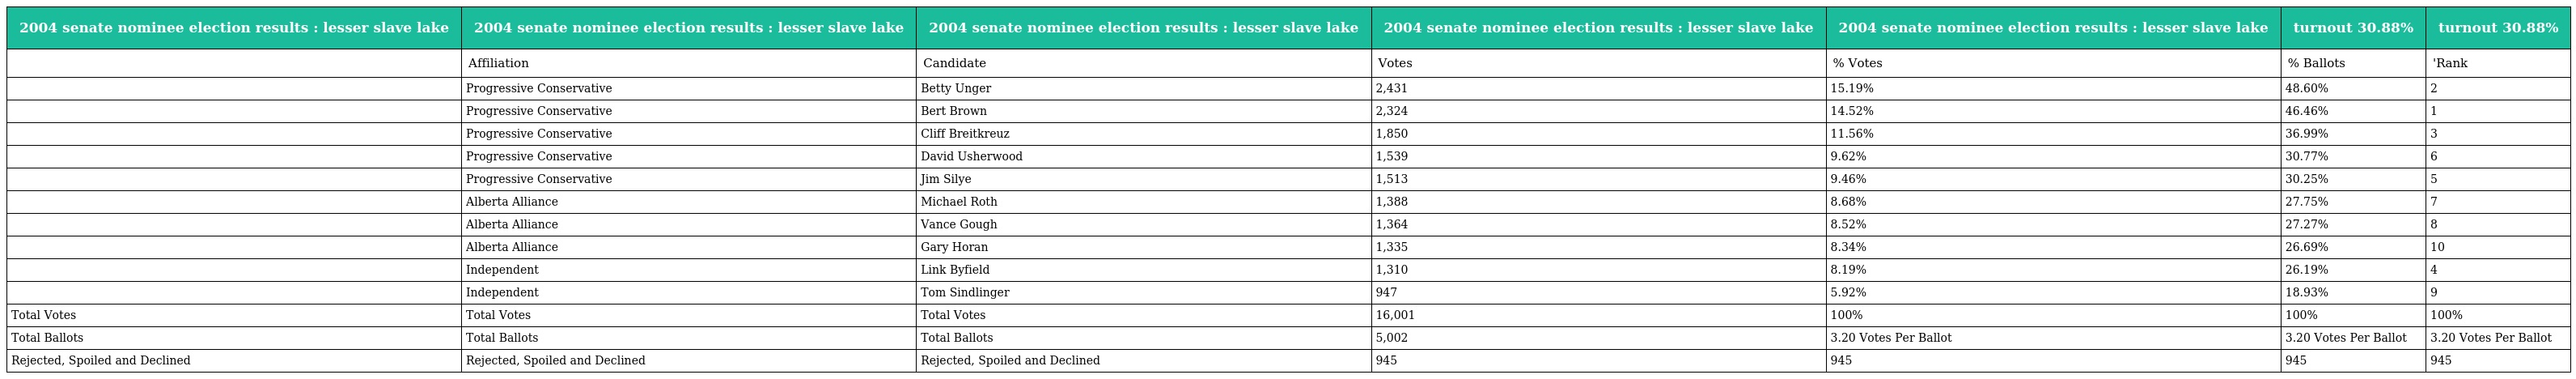
| 2004 senate nominee election results : lesser slave lake | 2004 senate nominee election results : lesser slave lake | 2004 senate nominee election results : lesser slave lake | 2004 senate nominee election results : lesser slave lake | 2004 senate nominee election results : lesser slave lake | turnout 30.88% | turnout 30.88% |
 | --- | --- | --- | --- | --- | --- | --- |
 |  | Affiliation | Candidate | Votes | % Votes | % Ballots | 'Rank |
 |  | Progressive Conservative | Betty Unger | 2,431 | 15.19% | 48.60% | 2 |
 |  | Progressive Conservative | Bert Brown | 2,324 | 14.52% | 46.46% | 1 |
 |  | Progressive Conservative | Cliff Breitkreuz | 1,850 | 11.56% | 36.99% | 3 |
 |  | Progressive Conservative | David Usherwood | 1,539 | 9.62% | 30.77% | 6 |
 |  | Progressive Conservative | Jim Silye | 1,513 | 9.46% | 30.25% | 5 |
 |  | Alberta Alliance | Michael Roth | 1,388 | 8.68% | 27.75% | 7 |
 |  | Alberta Alliance | Vance Gough | 1,364 | 8.52% | 27.27% | 8 |
 |  | Alberta Alliance | Gary Horan | 1,335 | 8.34% | 26.69% | 10 |
 |  | Independent | Link Byfield | 1,310 | 8.19% | 26.19% | 4 |
 |  | Independent | Tom Sindlinger | 947 | 5.92% | 18.93% | 9 |
 | Total Votes | Total Votes | Total Votes | 16,001 | 100% | 100% | 100% |
 | Total Ballots | Total Ballots | Total Ballots | 5,002 | 3.20 Votes Per Ballot | 3.20 Votes Per Ballot | 3.20 Votes Per Ballot |
 | Rejected, Spoiled and Declined | Rejected, Spoiled and Declined | Rejected, Spoiled and Declined | 945 | 945 | 945 | 945 |